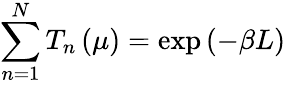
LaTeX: \sum_{n=1}^{N}T_{n}\left(\mu\right)=\exp\left(-\beta L\right)